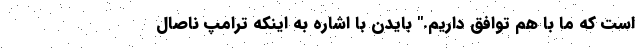
است که ما با هم توافق داریم." بایدن با اشاره به اینکه ترامپ ناصال